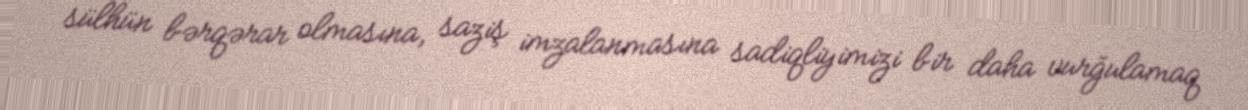
sülhün bərqərar olmasına, saziş imzalanmasına sadiqliyimizi bir daha vurğulamaq